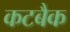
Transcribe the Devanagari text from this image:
कटबैक